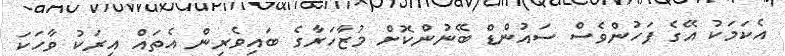
އެކަމަކު އޭގެ ފަހުންވެސް ސައުންޑް ބޭނުންކޮށް މުޒާހަރާގެ ބައިވެރިން އެތައް އިރަކު ވާހަކަ